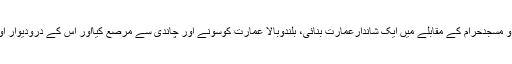
ابرہہ، جو یمن کا گورنرتھااس نے خانہ کعبہ و مسجدحرام کے مقابلے میں ایک شاندارعمارت بنائی، بلندوبالا عمارت کوسونے اور چاندی سے مرصع کیااور اس کے درودیوار اور اہم مقامات پر ہیرے جواہرات پیوست کیے۔